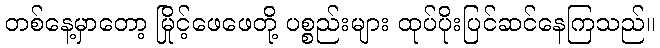
တစ်နေ့မှာတော့ မြိုင့်ဖေဖေတို့ ပစ္စည်းများ ထုပ်ပိုးပြင်ဆင်နေကြသည်။